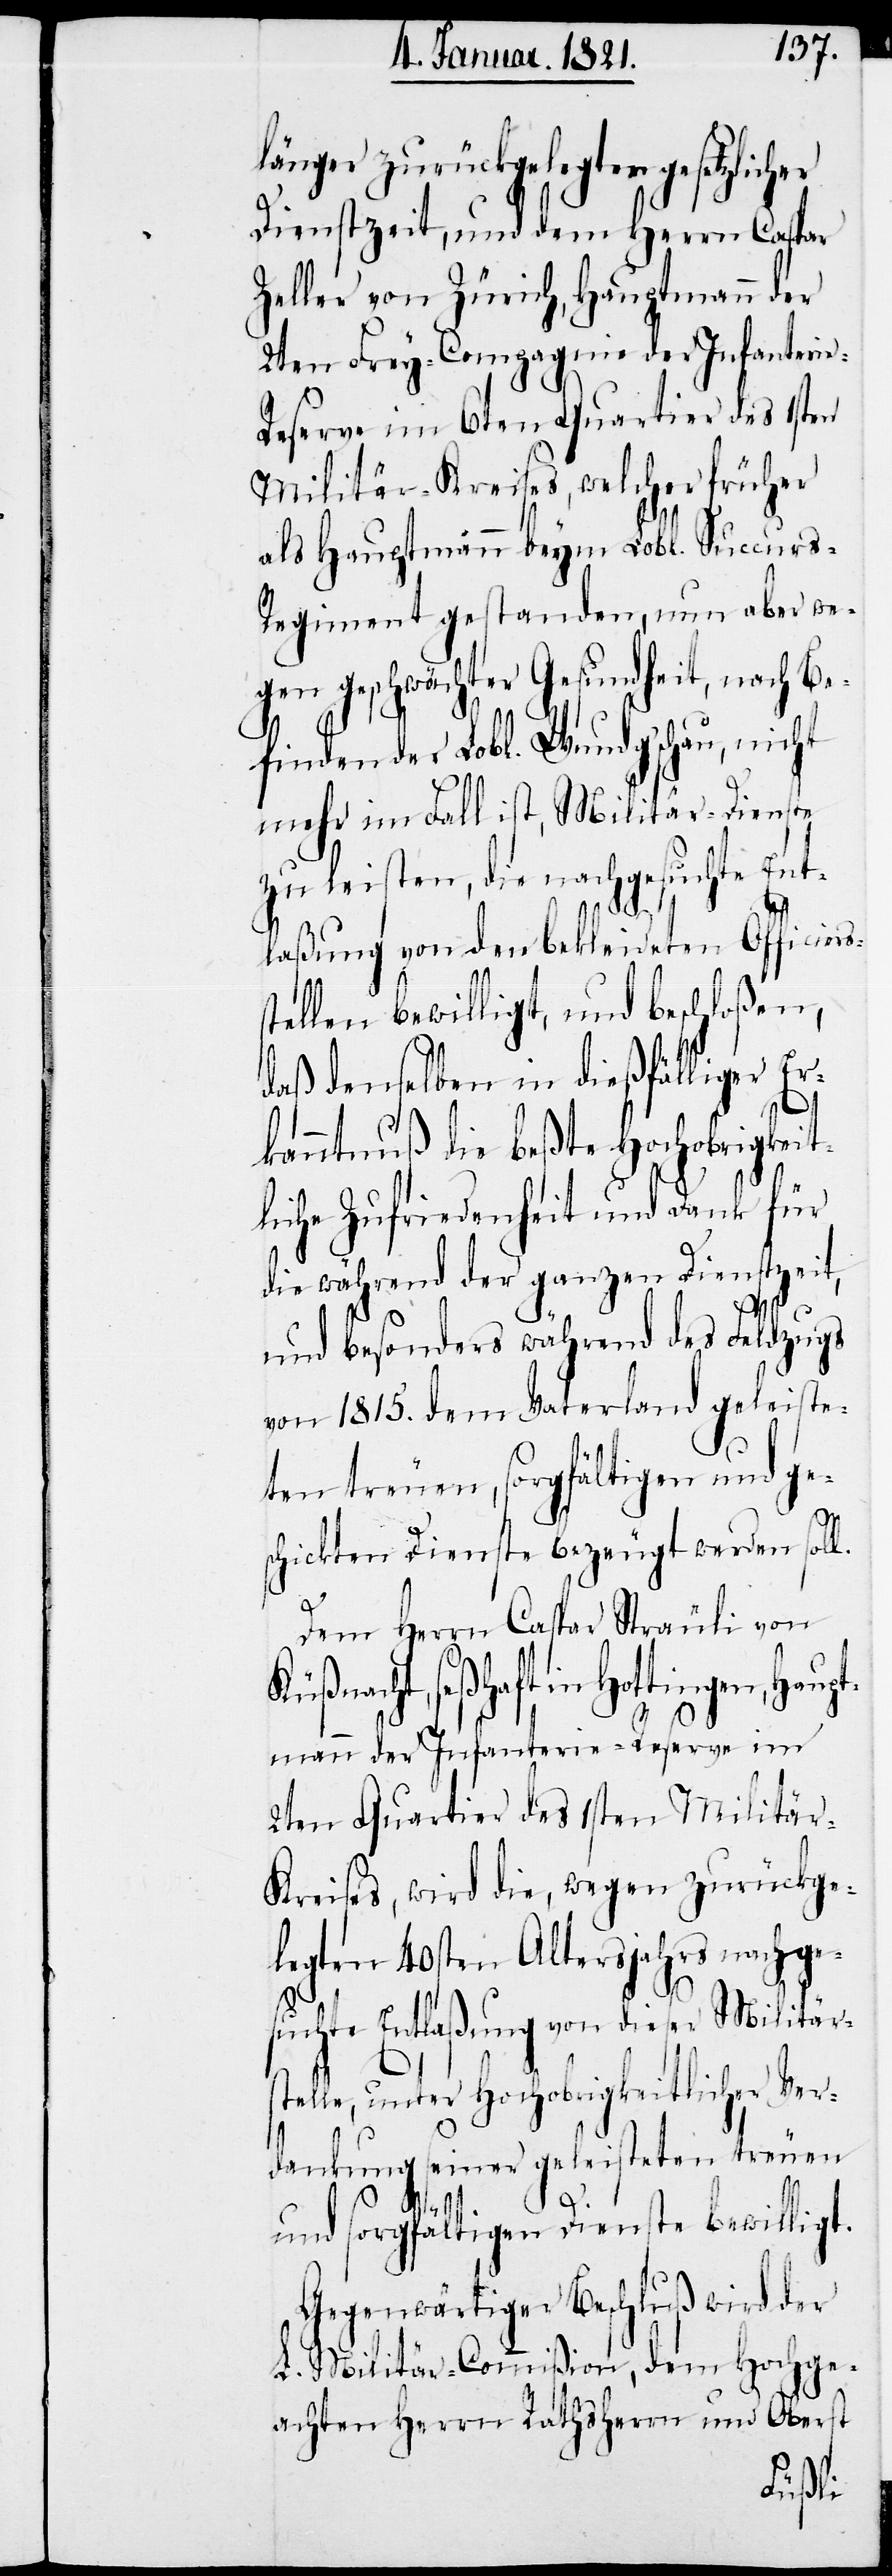
länger zurückgelegter
Dienstzeit, und dem Herrn Caspar
Zeller von Zürich, Hauptmann der
2ten Frey-Compagnie der Infanteri¬
eserve im 6ten Quartier des 1sten
Militär-Kreises, welcher früher
als Hauptmann beym Lobl. Succur¬
s-Regiment gestanden, nun aber we¬
gen geschwächter Gesundheit, nach Be¬
finden der Lobl. Wundschau, nicht
mehr im Fall ist, Militär-Dienste
zu leisten, die nachgesuchte Ent¬
laßung von den bekleideten Officie¬
stellen bewilligt, und beschloßen,
daß denselben in dießfälliger Er¬
kenntniß die beßte Hochobrigkei¬
tliche Zufriedenheit und Dank für
die während der ganzen Dienstzeit
und besonders während des Feldzuges
von 1815. dem Vaterland geleiste¬
ten treuen, sorgfältigen und ge¬
schickten Dienste bezeugt werden soll.
Dem Herrn Caspar Sträuli von
Küßnacht, seßhaft in Hottingen,
mann der Infanterie-Reserve im
2ten Quartier des 1sten Militär-K¬
reises, wird die, wegen zurückge¬
legten 40sten Altersjahrs nachge¬
suchte Entlaßung von dieser Militär¬
stelle, unter Hochobrigkeitlicher Ver¬
dankung seiner geleisteten treuen
Haupt¬
und sorgfältigen Dienste bewilligt.
Gegenwärtiger Beschluß wird der
L. Militär-Commißion, dem Hochge¬
achten Herrn Rathsherrn und